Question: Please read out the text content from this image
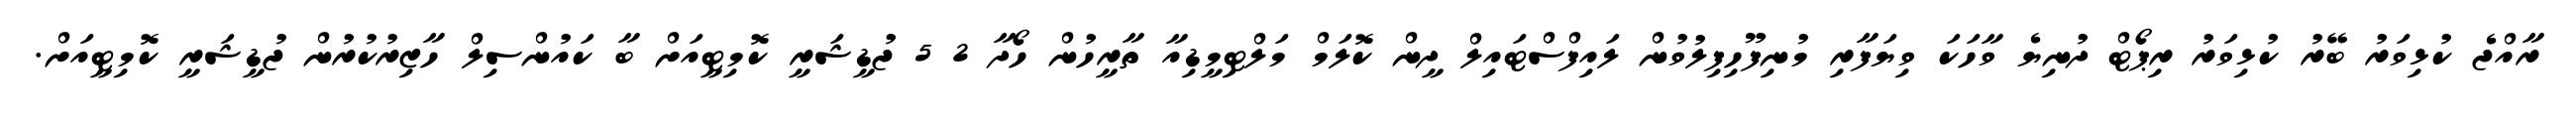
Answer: ރާއްޖެ ކުޅިވަރު ބޭރު ކުޅިވަރު ރިޕޯޓް ދުނިޔެ ވާހަކަ ވިޔަފާރި މުނިފޫހިފިލުވުން ލައިފްސްޓައިލް ދީން ކޮލަމް މަލްޓިމީޑިއާ ތާރީހުން ހޯދާ 2 5 ޖުޑީޝަރީ ކޮމިޓީއަށް ބާ ކައުންސިލް ހާޒިރުކުރުން ޖުޑީޝަރީ ކޮމިޓީއަށް.